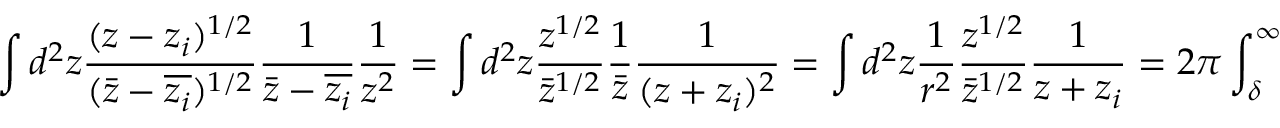
\int d ^ { 2 } z \frac { ( z - z _ { i } ) ^ { 1 / 2 } } { ( \bar { z } - \overline { { z _ { i } } } ) ^ { 1 / 2 } } \frac { 1 } { \bar { z } - \overline { { z _ { i } } } } \frac { 1 } { z ^ { 2 } } = \int d ^ { 2 } z \frac { z ^ { 1 / 2 } } { \bar { z } ^ { 1 / 2 } } \frac { 1 } { \bar { z } } \frac { 1 } { ( z + z _ { i } ) ^ { 2 } } = \int d ^ { 2 } z \frac { 1 } { r ^ { 2 } } \frac { z ^ { 1 / 2 } } { \bar { z } ^ { 1 / 2 } } \frac { 1 } { z + z _ { i } } = 2 \pi \int _ { \delta } ^ { \infty } d r \frac { r } { r ^ { 3 } } = 2 \pi \frac { r _ { i } ^ { - \chi } } { a }